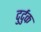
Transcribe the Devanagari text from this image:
दुर्दुक